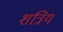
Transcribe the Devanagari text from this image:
शत्रिय